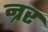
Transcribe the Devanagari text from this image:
न्रर